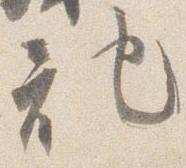
記